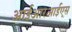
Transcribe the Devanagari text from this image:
आईआरआईएस